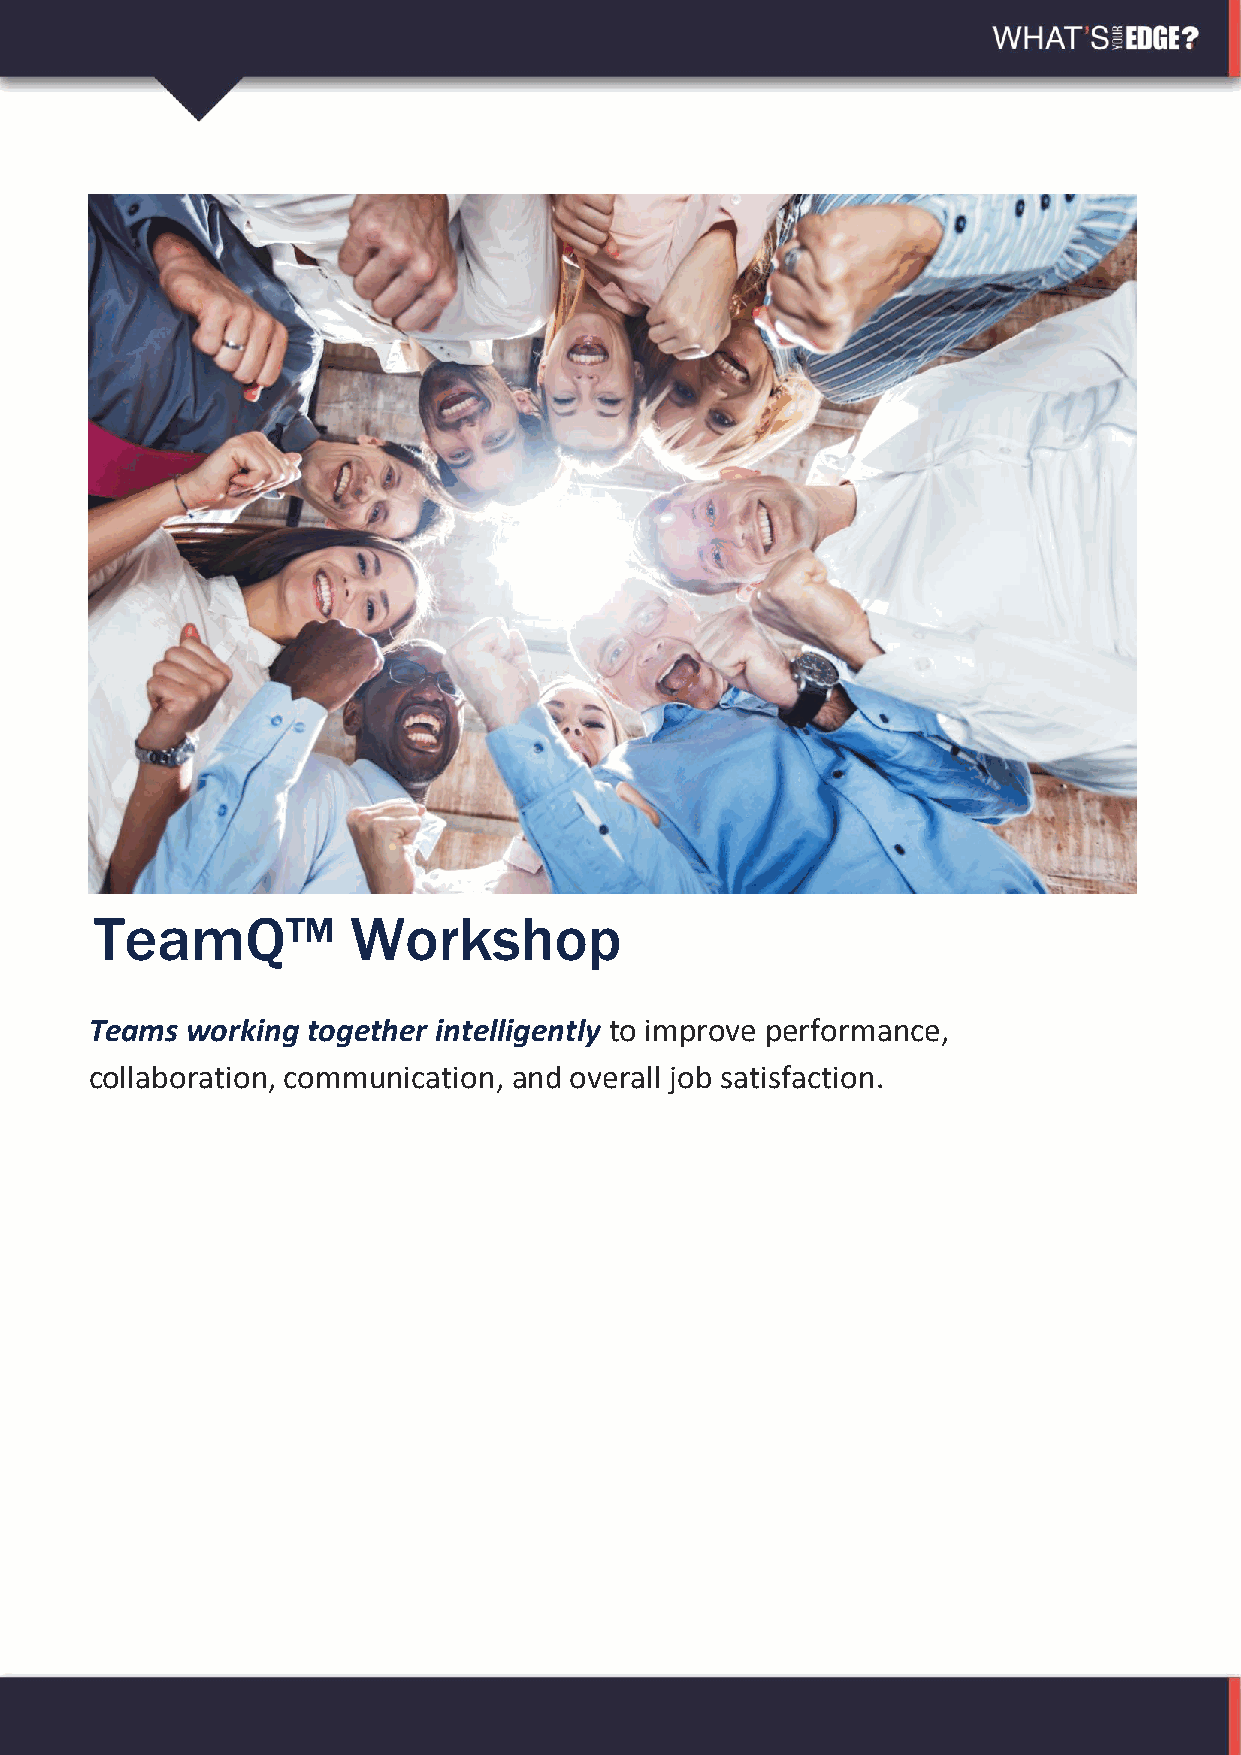
TeamQ™           Workshop
 Teams working together intelligently to improve performance,
 collaboration, communication, and overall job satisfaction.
 Build Brilliance